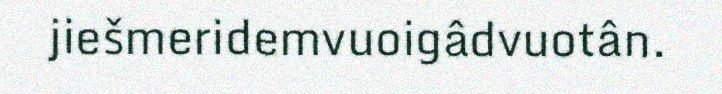
jiešmeridemvuoigâdvuotân.